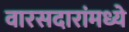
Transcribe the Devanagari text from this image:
वारसदारांमध्ये